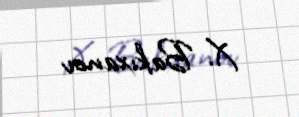
X. Bakıxanov